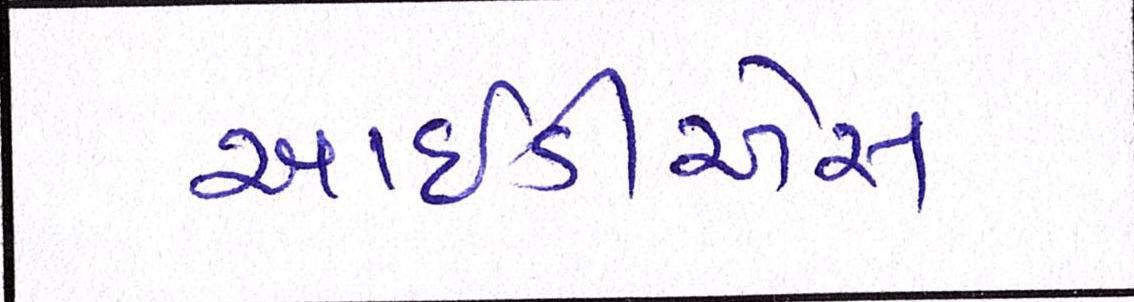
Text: આઇડીએસ